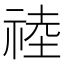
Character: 𥚊